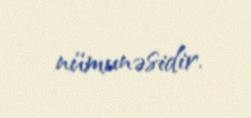
nümunəsidir.